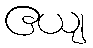
ဧယျ